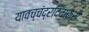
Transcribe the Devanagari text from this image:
यावच्चंद्रदिवाकरौ